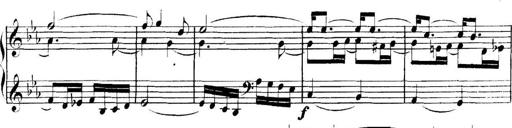
Title: Collected Piano Sonatas
Composer: Muzio Clementi